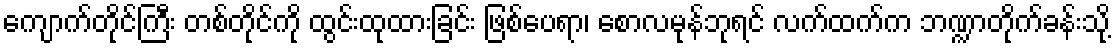
ကျောက်တိုင်ကြီး တစ်တိုင်ကို ထွင်းထုထားခြင်း ဖြစ်ပေရာ၊ စောလမုန်ဘုရင် လက်ထက်က ဘဏ္ဍာတိုက်ခန်းသို့